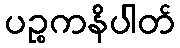
ပဉ္စကနိပါတ်